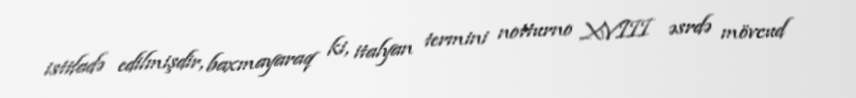
istifadə edilmişdir, baxmayaraq ki, italyan termini notturno XVIII əsrdə mövcud